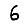
Digit: 6